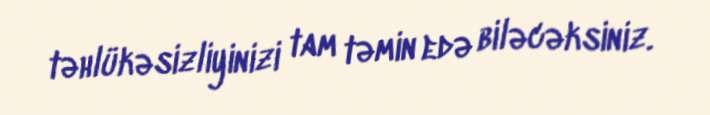
təhlükəsizliyinizi tam təmin edə biləcəksiniz.